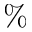
\%